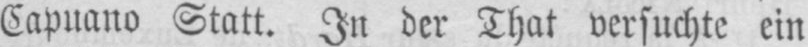
Capuano Statt. In der That versuchte ein